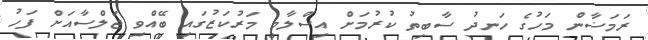
ރަމަޟާން މަހުގެ ހަނދު ސާބިތު ކުރުމަށް އިސްލާމީ މަރުކަޒުގައި ބޭއްވި ޖަލްސާއަށް ފަހު